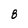
Character: 8